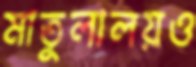
মাতুলালয়ও